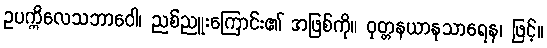
ဥပက္ကိလေသဘာဝေါ၊ ညစ်ညူးကြောင်း၏ အဖြစ်ကို။ ဝုတ္တနယာနုသာရေန၊ ဖြင့်။